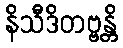
နိသီဒိတဗ္ဗန္တိ